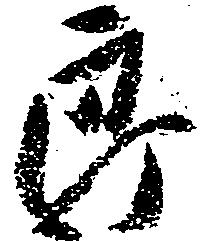
郎